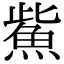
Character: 鮆